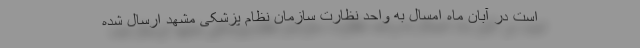
است در آبان ماه امسال به واحد نظارت سازمان نظام پزشکی مشهد ارسال شده